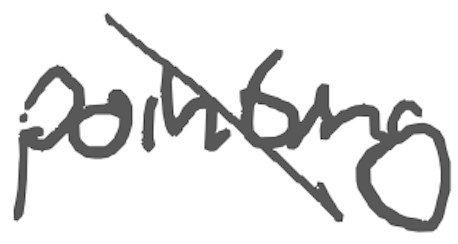
Text: pointing
Cross-out: diagonal
Writing tool: digital_gray